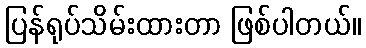
ပြန်ရုပ်သိမ်းထားတာ ဖြစ်ပါတယ်။